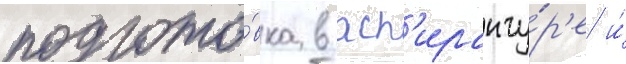
подгото́вка в асп'иранту́р'е и́